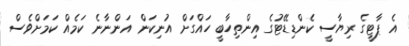
އެ ޕާޓީގެ ރިޔާސީ ކެންޑިޑޭޓުގެ އިންތިހާބީ ހައްގަށް އުނިކަން އަންނާނެ ކަމެއް ކަމަށްވެސް